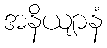
အနိယျာနံ